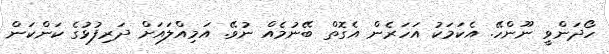
ހޯދަންވީ ނޫންހޭ. އެކަމަކު އަހަރެން އެގޮތް ބޭނުމެއް ނުވޭ. އަމިއްލައަށް ދަރިފުޅުގެ ކަންކަން